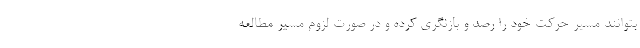
بتوانند مسیر حرکت خود را رصد و بازنگری کرده و در صورت لزوم مسیر مطالعه